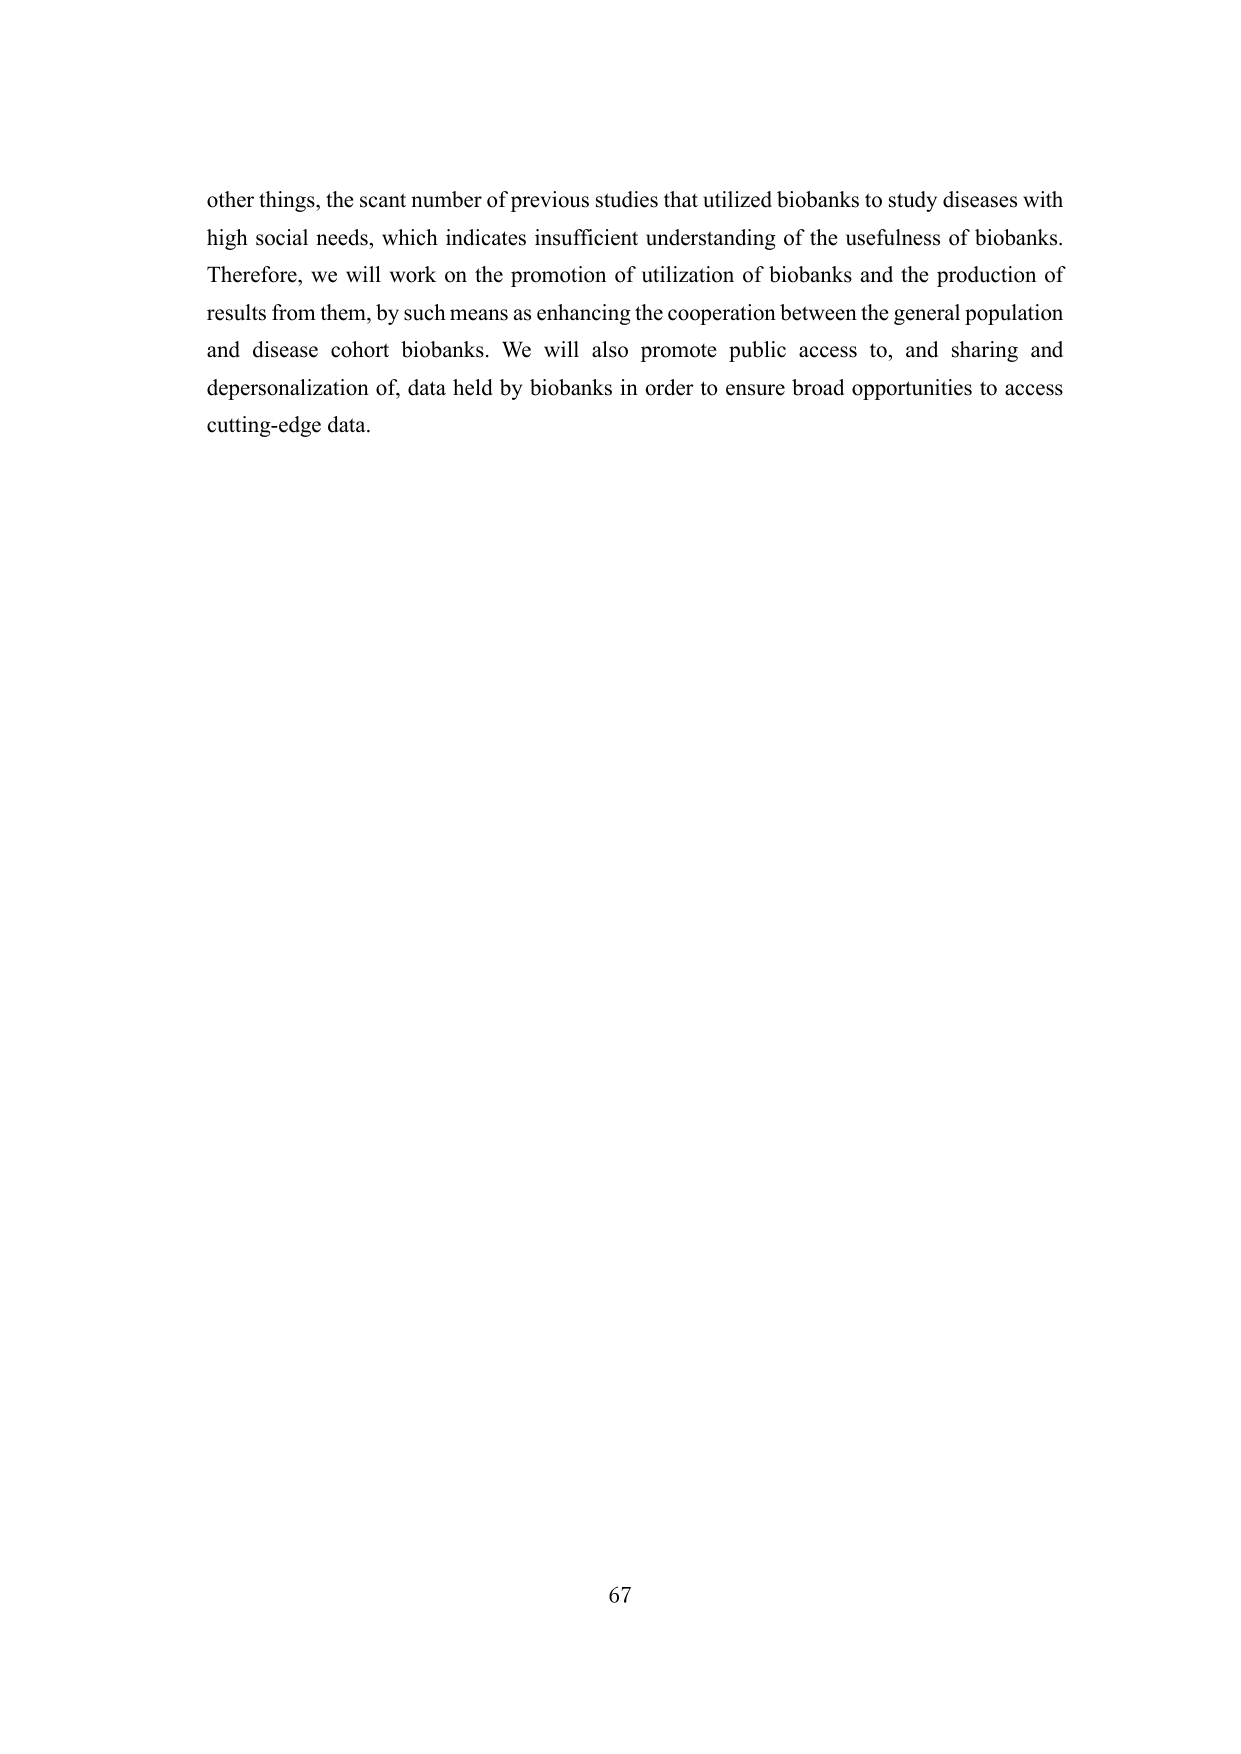
other things, the scant number of previous studies that utilized biobanks to study diseases with high social needs, which indicates insufficient understanding of the usefulness of biobanks. Therefore, we will work on the promotion of utilization of biobanks and the production of results from them, by such means as enhancing the cooperation between the general population and disease cohort biobanks. We will also promote public access to, and sharing and depersonalization of, data held by biobanks in order to ensure broad opportunities to access cutting-edge data.

67